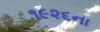
૧૯૨૬ના